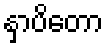
နှာပိတော